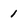
Character: 1